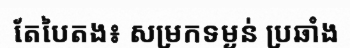
តែបៃតង៖ សម្រកទម្ងន់ ប្រឆាំង